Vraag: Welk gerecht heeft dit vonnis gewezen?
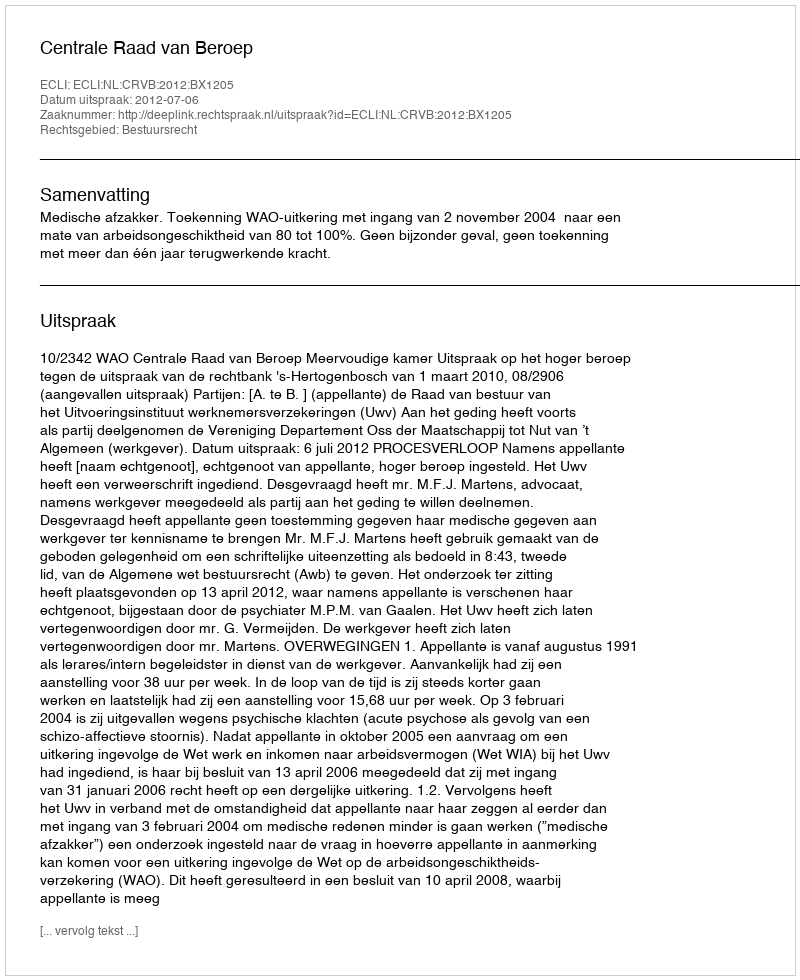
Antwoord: Centrale Raad van Beroep